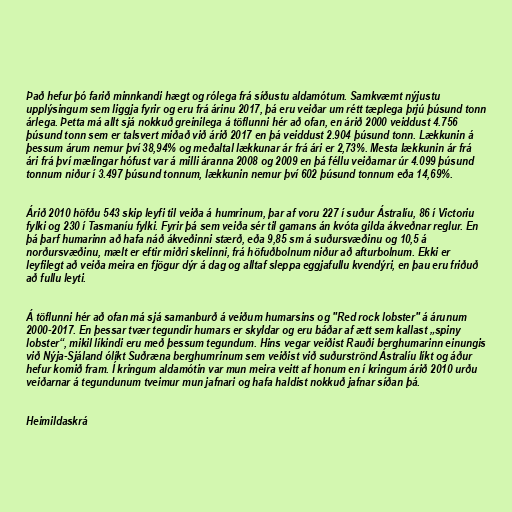
Það hefur þó farið minnkandi hægt og rólega frá síðustu aldamótum. Samkvæmt nýjustu
upplýsingum sem liggja fyrir og eru frá árinu 2017, þá eru veiðar um rétt tæplega þrjú þúsund tonn
árlega. Þetta má allt sjá nokkuð greinilega á töflunni hér að ofan, en árið 2000 veiddust 4.756
þúsund tonn sem er talsvert miðað við árið 2017 en þá veiddust 2.904 þúsund tonn. Lækkunin á
þessum árum nemur því 38,94% og meðaltal lækkunar ár frá ári er 2,73%. Mesta lækkunin ár frá
ári frá því mælingar hófust var á milli áranna 2008 og 2009 en þá féllu veiðarnar úr 4.099 þúsund
tonnum niður í 3.497 þúsund tonnum, lækkunin nemur því 602 þúsund tonnum eða 14,69%.

Árið 2010 höfðu 543 skip leyfi til veiða á humrinum, þar af voru 227 í suður Ástralíu, 86 í Victoriu
fylki og 230 í Tasmaníu fylki. Fyrir þá sem veiða sér til gamans án kvóta gilda ákveðnar reglur. En
þá þarf humarinn að hafa náð ákveðinni stærð, eða 9,85 sm á suðursvæðinu og 10,5 á
norðursvæðinu, mælt er eftir miðri skelinni, frá höfuðbolnum niður að afturbolnum. Ekki er
leyfilegt að veiða meira en fjögur dýr á dag og alltaf sleppa eggjafullu kvendýri, en þau eru friðuð
að fullu leyti.

Á töflunni hér að ofan má sjá samanburð á veiðum humarsins og "Red rock lobster" á árunum
2000-2017. En þessar tvær tegundir humars er skyldar og eru báðar af ætt sem kallast „spiny
lobster“, mikil líkindi eru með þessum tegundum. Hins vegar veiðist Rauði berghumarinn einungis
við Nýja-Sjáland ólíkt Suðræna berghumrinum sem veiðist við suðurströnd Ástralíu líkt og áður
hefur komið fram. Í kringum aldamótin var mun meira veitt af honum en í kringum árið 2010 urðu
veiðarnar á tegundunum tveimur mun jafnari og hafa haldist nokkuð jafnar síðan þá.

Heimildaskrá